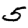
Digit: 5